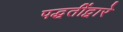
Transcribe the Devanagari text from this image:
पद्धतींद्वारे